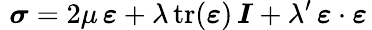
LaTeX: \, \, {\boldsymbol{\sigma}}=2\mu\, {\boldsymbol{\varepsilon}}+\lambda\, {\mathrm{tr}}({\boldsymbol{\varepsilon}})\, {\boldsymbol{I}}+\lambda^{\prime}\, {\boldsymbol{\varepsilon}}\cdot{\boldsymbol{\varepsilon}}\,